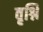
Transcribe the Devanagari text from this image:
वृश्नि